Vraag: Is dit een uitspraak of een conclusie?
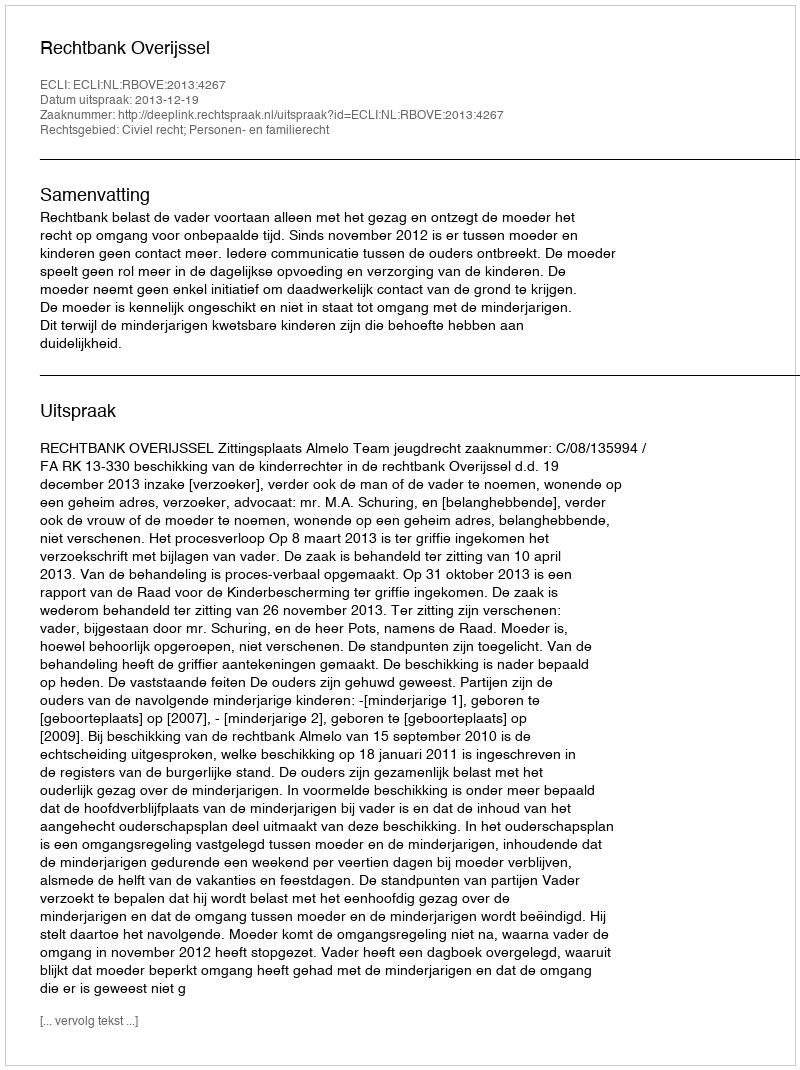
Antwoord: Uitspraak